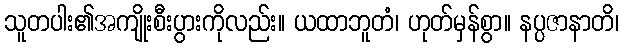
သူတပါး၏အကျိုးစီးပွားကိုလည်း။ ယထာဘူတံ၊ ဟုတ်မှန်စွာ။ နပ္ပဇာနာတိ၊